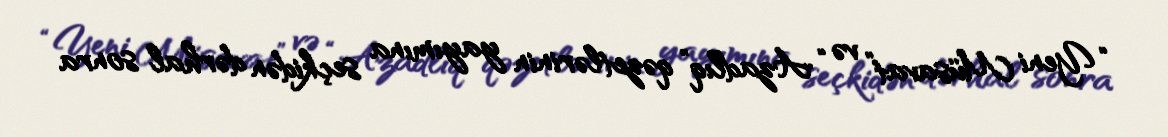
“Yeni Müsavat” və “Azadlıq” qəzetlərinin yayımına seçkidən dərhal sonra